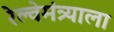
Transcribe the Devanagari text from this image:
रेल्वेमंत्र्याला